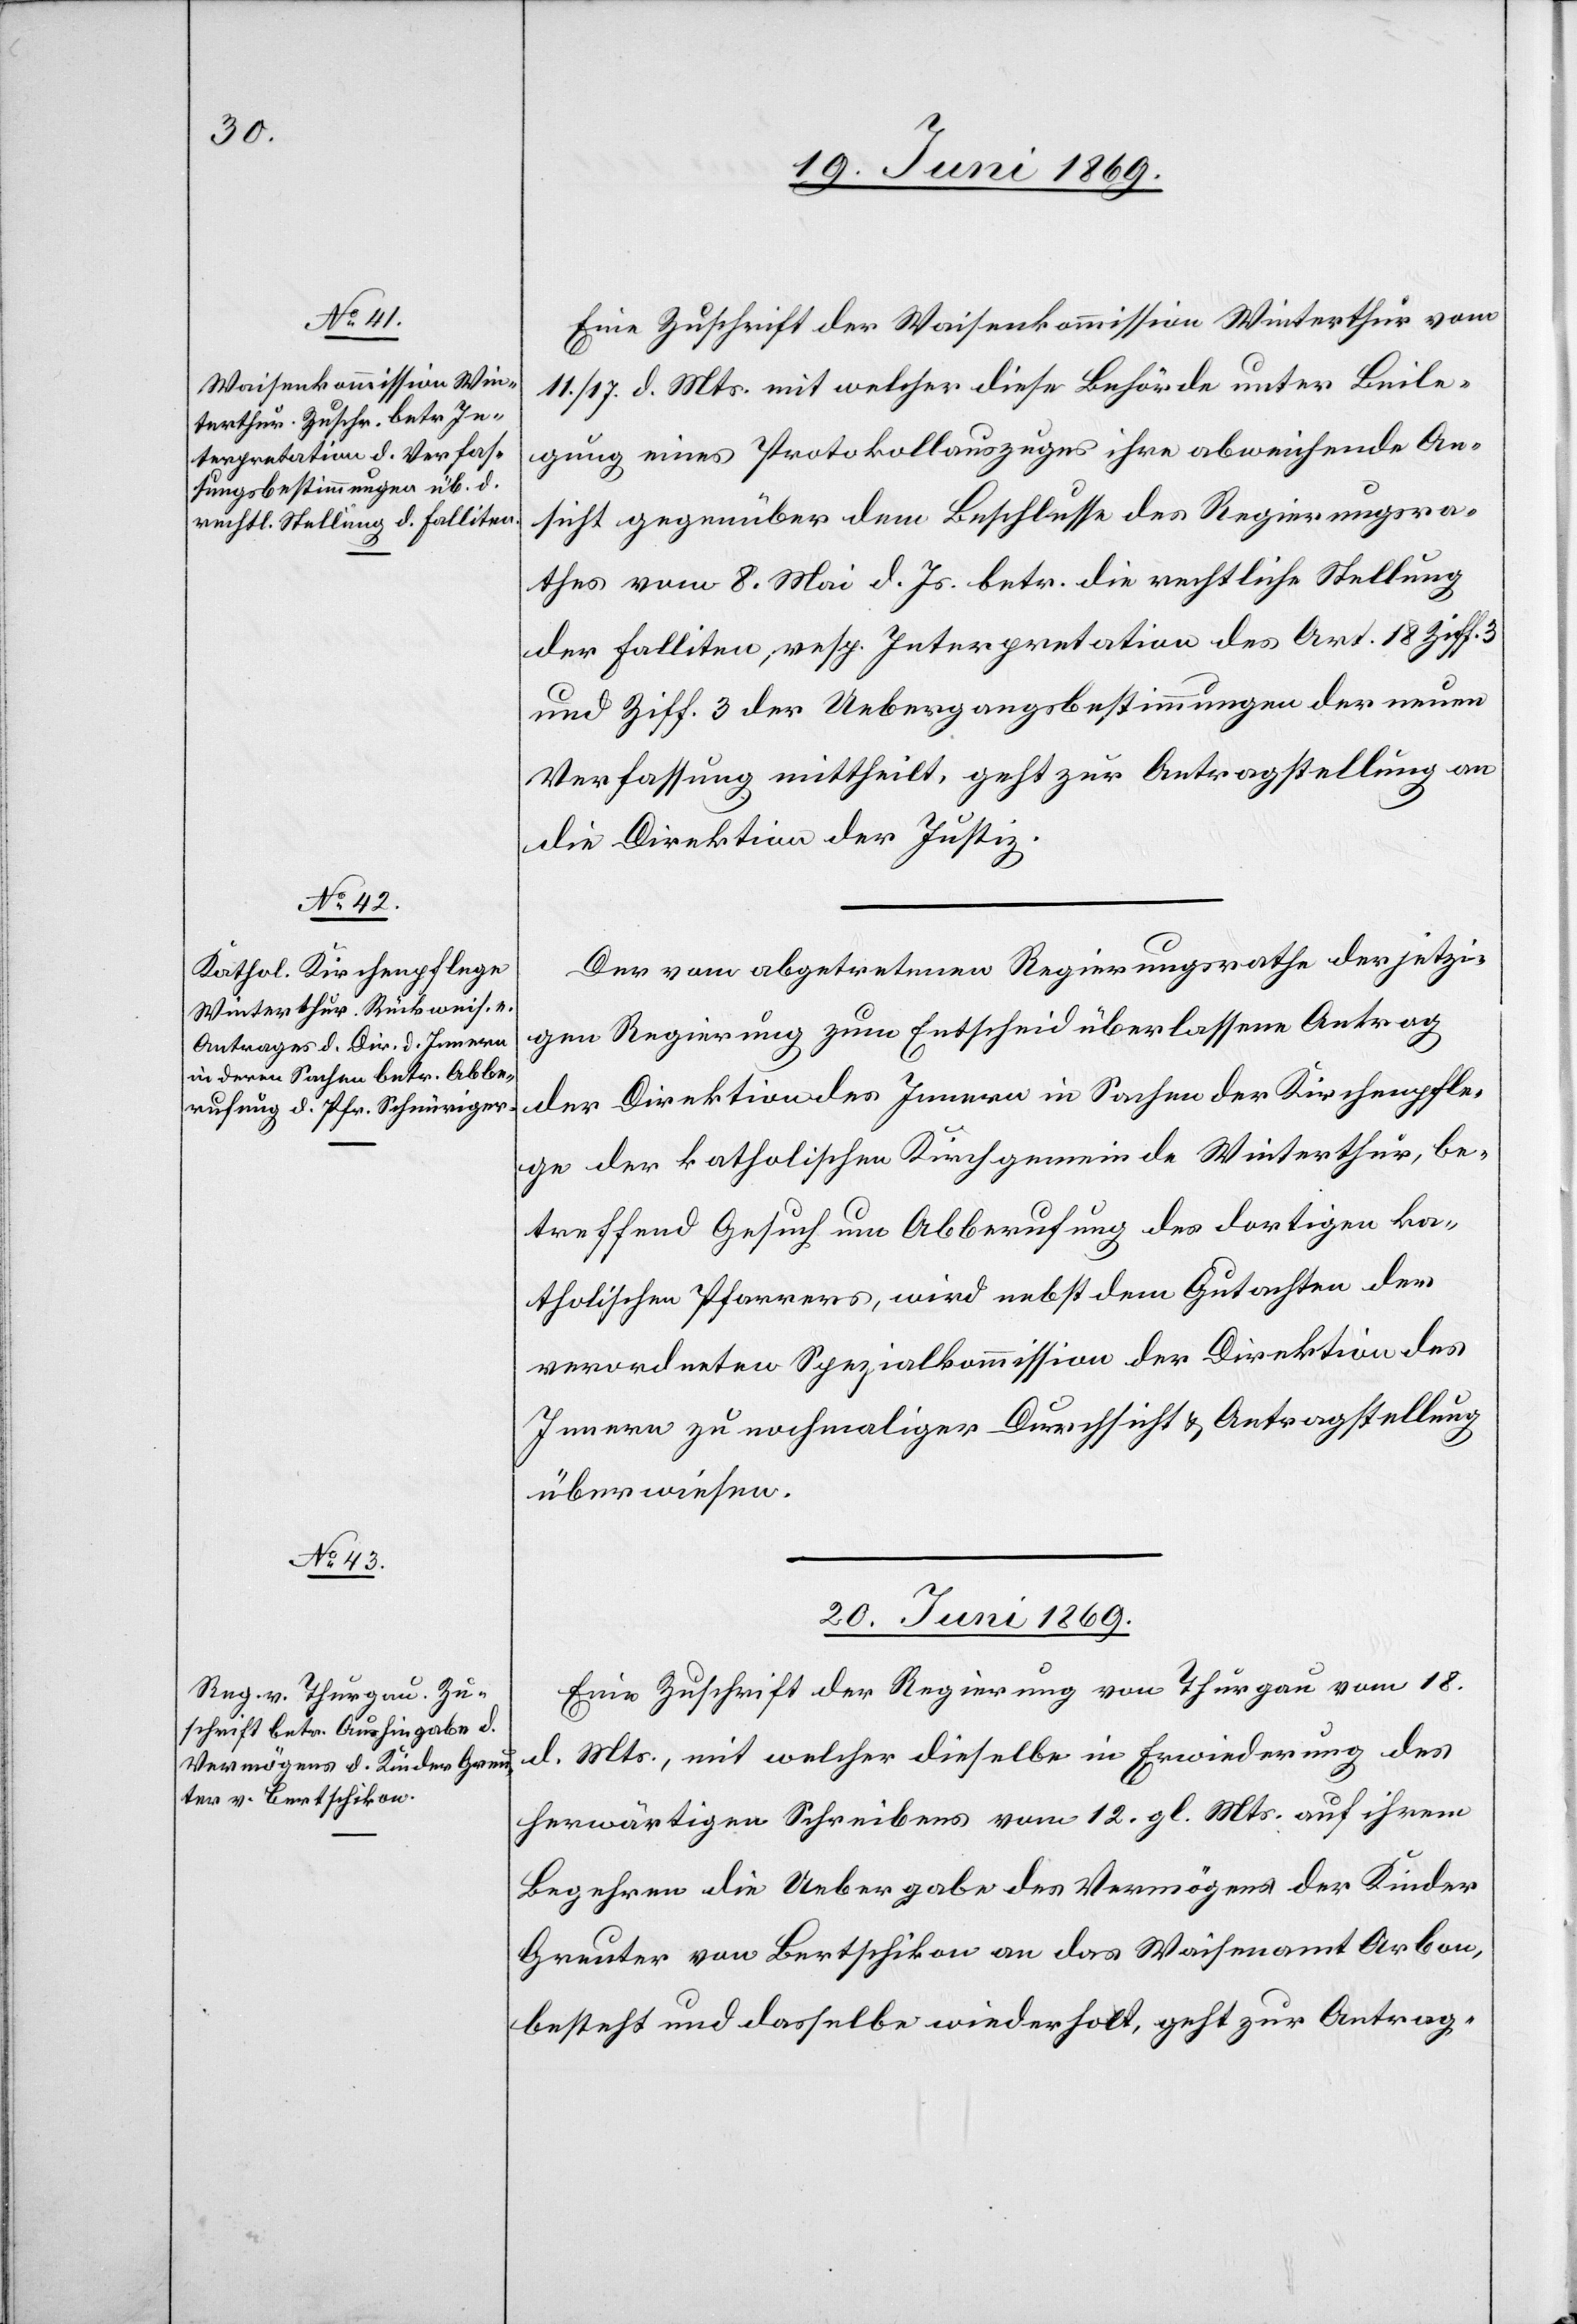
19. Juni 1869.]
Eine Zuschrift der Waisenkommission Winterthur von
11/17. d. Mts. mit welcher diese Behörde unter Beile¬
gung eines Protokollsauszugs ihre abweichende An¬
sicht gegenüber dem Beschluß des Regierungsra¬
thes vom 8. Mai d. Js. betr. die rechtliche Stellung
der Falliten, resp. Interpretation des Art. Ziff. 3
und Ziff. 3 der Uebergangsbestimmungen der neuen
Verfassung mittheilt, geht zur Antragstellung an
die Direktion der Justiz.
Der vom abgetretenen Regierungsrathe der jetzi¬
gen Regierung zum Entscheid überlassene Antrag
der Direktion des Innern in Sachen der Kirchenpfle¬
ge der katholischen Kirchgemeinde Winterthur, be¬
treffend Gesuch um Abberufung des dortigen ka¬
tholischen Pfarrers, wird nebst dem Gutachten des
Innern zu nochmaliger Durchsicht u. Antragstellung
überwiesen.
20. Juni 1869.
Eine Zuschrift der Regierung von Thurgau vom 18.
d. Mts., mit welcher dieselbe in Erwiederung des
herwärtigen Schreibens vom 12. gl. Mts. auf ihren
Begehren die Uebergabe des Vermögens der Kinder
Greuter von Bertschikon an das Waisenamt Arbon,
besteht und dasselbe wiederholt, geht zur Antrag-